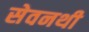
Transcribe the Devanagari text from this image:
सेवनथी